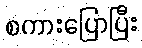
စကားပြောပြီး